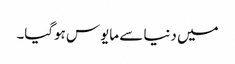
میں دنیا سے مایوس ہوگیا۔